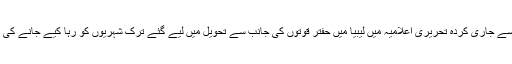
وزارت ِ خارجہ سے جاری کردہ تحریری اعلامیہ میں لیبیا میں حفتر قوتوں کی جانب سے تحویل میں لیے گئے ترک شہریوں کو رہا کیے جانے کی اپیل کی گئی ہے۔